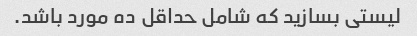
لیستی بسازید که شامل حداقل ده مورد باشد.